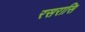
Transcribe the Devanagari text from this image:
रसरासि